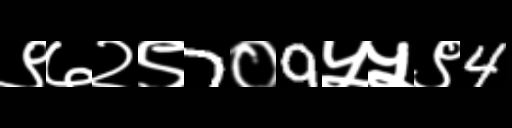
Text: ९७२९7०9५५९4